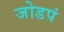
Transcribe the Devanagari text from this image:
जोडपं